Lunatic asylums Burma 1922-24 - 1922-1924
Year: 1922
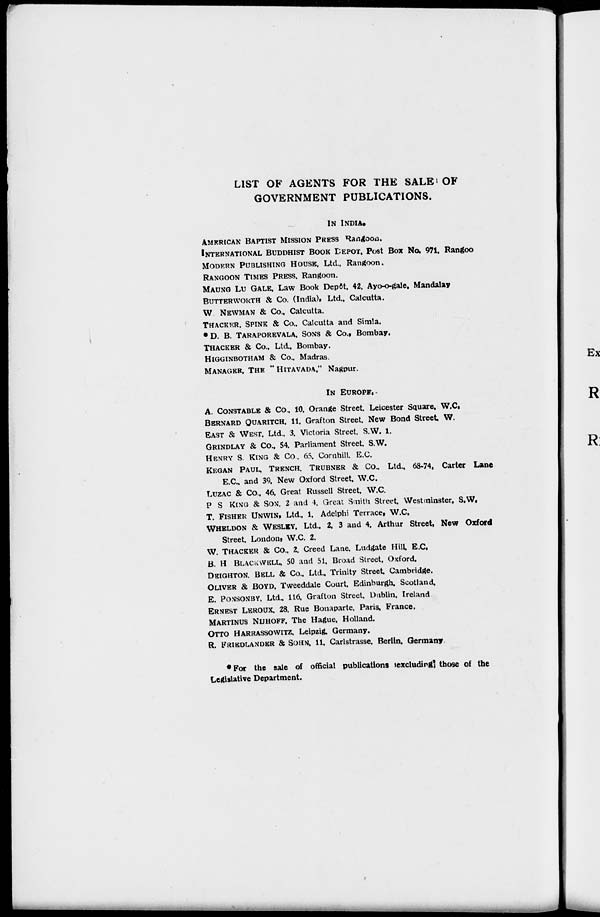
LIST OF AGENTS FOR THE SALE OF
GOVERNMENT PUBLICATIONS.
IN INDIA.
AMERICAN BAPTIST MISSION PRESS Rangoon.
INTERNATIONAL BUDDHIST BOOK DEPOT, Post Box No. 971. Rangoo
MODERN PUBLISHING HOUSE. Ltd., Rangoon.
RANGOON TIMES PRESS. Rangoon.
MAUNG LU GALE. Law Book Depôt. 42, Ayo-o-gale. Mandalay
BUTTER WORTH & Co. (India), Ltd., Calcutta.
W NEWMAN & Co., Calcutta.
THACKER, SPINK & Co., Calcutta and Simla.
*D. B. TARAPOREVALA, SONS & Co., Bombay.
THACKER & Co., Ltd., Bombay.
HIGGINBOTHAM & Co., Madras.
MANAGER, THE " HITAVADA," Nagpur.
IN EUROPE.
A. CONSTABLE & Co.. 10. Orange Street, Leicester Square, W.C.
BERNARD QUARITCH, 11, Grafton Street. New Bond Street W.
EAST & WEST. Ltd., 3. Victoria Street. S.W. 1.
GRINDLAY & CO., 54. Parliament Street. S.W.
HENRY S. KING & Co.. 65, Cornhill. E.C.
KEGAN PAUL, TRENCH, TRUBNER & Co., Ltd., 68-74. Carter Lane
E.C and 39, New Oxford Street W.C.
LUZAC & Co., 46, Great Russell Street, W.C.
P. S. KING & SON, 2 and 4, Great Smith Street Westminster. S.W.
T. FISHER UNWIN, Ltd., 1, Adelphi Terrace, W.C.
WHELDON & WESLEY. Ltd.. 2, 3 and 4. Arthur Street, New Oxford
Street, London, W.C. 2.
W. THACKER & Co., 2. Creed Lane. Ludgate Hill. E.C.
B. H BLACKWELL. 50 and 51. Broad Street, Oxford.
DEIGHTON. BELL & Co., Ltd., Trinity Street, Cambridge.
OLIVER & BOYD. Tweeddale Court, Edinburgh, Scotland.
E. PONSONBY. Ltd., 116, Grafton Street,Dublin, Ireland
ERNEST LEROUX, 28, Rue Bonaparte, Paris, France.
MARTINUS NUHOFF. The Hague, Holland.
OTTO HARRASSOWITZ. Leipzig. Germany.
R. FRIEDLANDER & SOHN, 11, Carlstrasse. Berlin, Germany
* For the sale of official publications excluding those of the
Legislative Department.